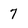
Character: 7